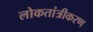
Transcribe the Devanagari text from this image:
लोकतांत्रीकरण